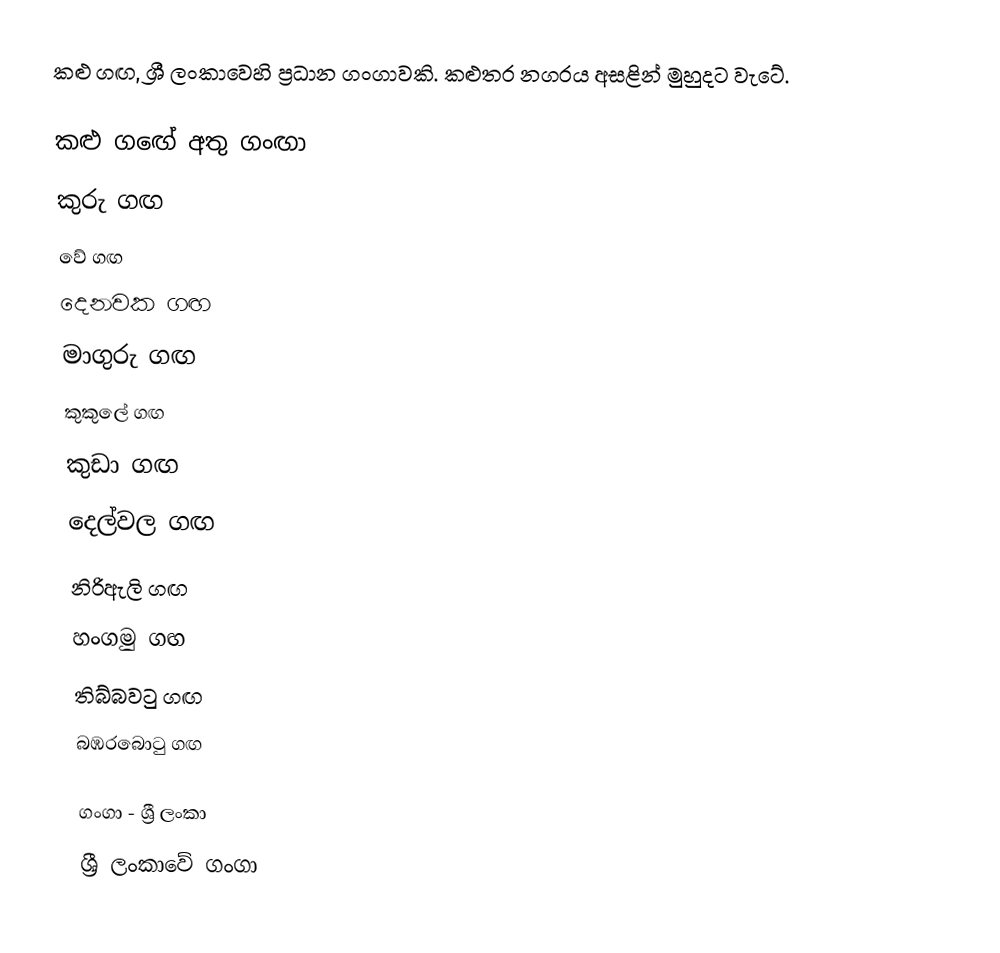
කළු ගඟ, ශ්‍රී ලංකාවෙහි ප්‍රධාන ගංගාවකි. කළුතර නගරය අසළින් මුහුදට වැටේ.

කළු ග‍‍ඟේ අතු ගංඟා
 කුරු ගඟ
 වේ ගඟ
 දෙනවක ගඟ
 මාගුරු ගඟ
 කුකුලේ ගඟ
 කුඩා ගඟ
 දෙල්වල ගඟ
 නිරිඇලි ගඟ
 හංගමු ගඟ
 තිබ්බවටු ගඟ
 බඹරබොටු ගඟ

ගංගා - ශ්‍රී ලංකා
ශ්‍රී ලංකාවේ ගංගා